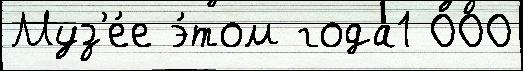
Муз'е́е э́том года1 000